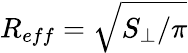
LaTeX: R_{eff}=\sqrt{S_{\perp}/\pi}